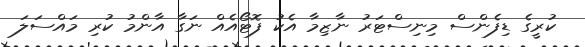
ކުރީގެ ޑިފެންސް މިނިސްޓަރު ނާޒިމާ އެކު ފޮޓޯއެއް ނަގާ އާންމު ކުރި މައްސަލަ